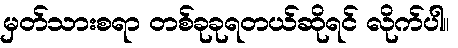
မှတ်သားစရာ တစ်ခုခုရတယ်ဆိုရင် လိုက်ပါ။